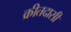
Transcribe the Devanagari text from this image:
क्रीतदासी